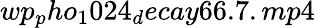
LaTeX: wp_{p}ho_{1}024_{d}ecay66.7.mp4